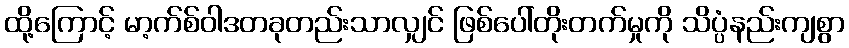
ထို့ကြောင့် မာ့က်စ်ဝါဒတခုတည်းသာလျှင် ဖြစ်ပေါ်တိုးတက်မှုကို သိပ္ပံနည်းကျစွာ